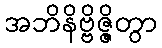
အဘိနိဗ္ဗိဇ္ဇိတွာ